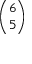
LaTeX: \binom { 6 } { 5 }